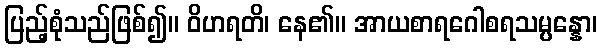
ပြည့်စုံသည်ဖြစ်၍။ ဝိဟရတိ၊ နေ၏။ အာယစာရဂေါစရသမ္ပန္နော၊